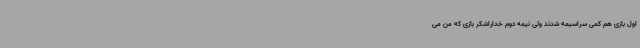
اول بازی هم کمی سراسیمه شدند ولی نیمه دوم خداراشکر بازی که من می‌